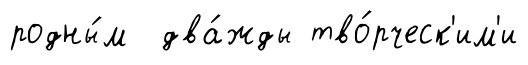
родны́м два́жды тво́рческ'им'и